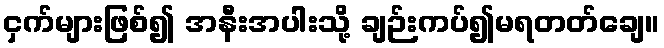
ငှက်များဖြစ်၍ အနီးအပါးသို့ ချဉ်းကပ်၍မရတတ်ချေ။